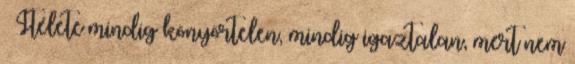
Ítélete mindig könyörtelen, mindig igaztalan, mert nem